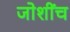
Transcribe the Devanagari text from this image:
जोशींच